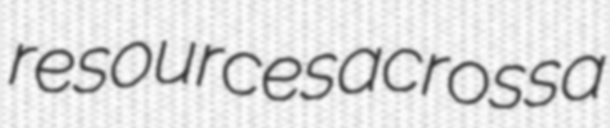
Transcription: resources across a